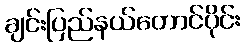
ချင်းပြည်နယ်တောင်ပိုင်း